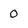
Character: O